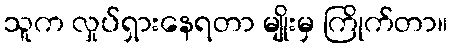
သူက လှုပ်ရှားနေရတာ မျိုးမှ ကြိုက်တာ။